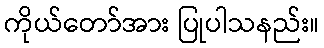
ကိုယ်တော်အား ပြုပါသနည်း။